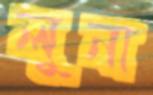
লুনা